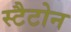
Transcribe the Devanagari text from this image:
स्टैटोन